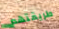
طريقتهم